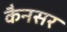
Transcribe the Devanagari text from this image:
कैनसर